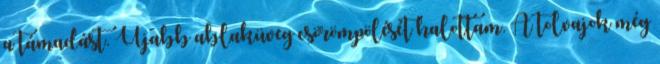
a támadást. Újabb ablaküveg csörömpölését halottam. A tolvajok még